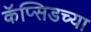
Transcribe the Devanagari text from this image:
कॅप्सिडच्या